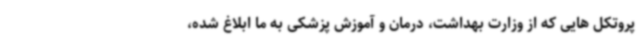
پروتکل هایی که از وزارت بهداشت، درمان و آموزش پزشکی به ما ابلاغ شده،